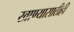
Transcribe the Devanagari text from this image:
खाण्यासाठीही